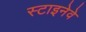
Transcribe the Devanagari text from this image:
स्टाइनेवे